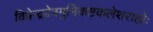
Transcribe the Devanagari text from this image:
विप्रेन्द्रदेवमुनिकष्टकलेशराहोः